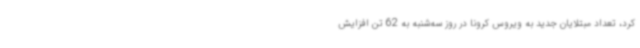
کرد، تعداد مبتلایان جدید به ویروس کرونا در روز سه‌شنبه به 62 تن افزایش